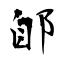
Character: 郋